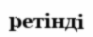
ретінді